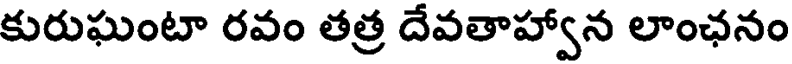
కురుఘంటా రవం తత్ర దేవతాహ్వాన లాంఛనం